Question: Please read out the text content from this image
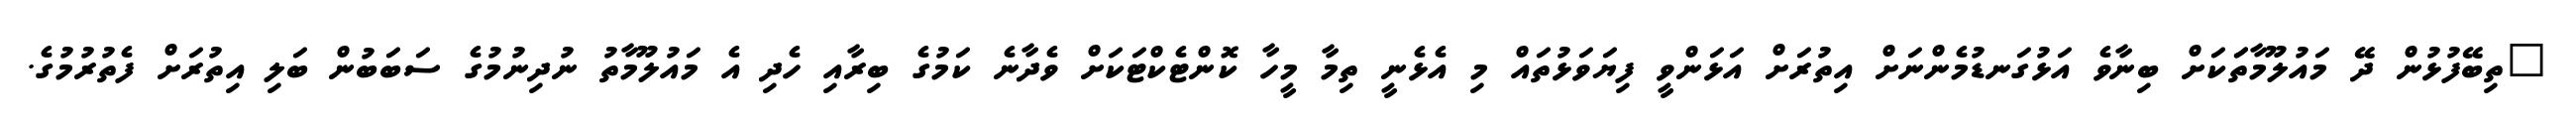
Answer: "ތިބޭފުޅުން ދޭ މައުލޫމާތަަކަށް ބިނާވެ އަޅުގަނޑުމެންނަށް އިތުރަށް އަޅަންވީ ފިޔަވަޅުތައް މި އެޅެނީ ތިމާ މީހާ ކޮންޓެކްޓަކަށް ވެދާނެ ކަމުގެ ބިރާއި ހެދި އެ މައުލޫމާތު ނުދިނުމުގެ ސަބަބުން ބަލި އިތުރަށް ފެތުރުމުގެ.